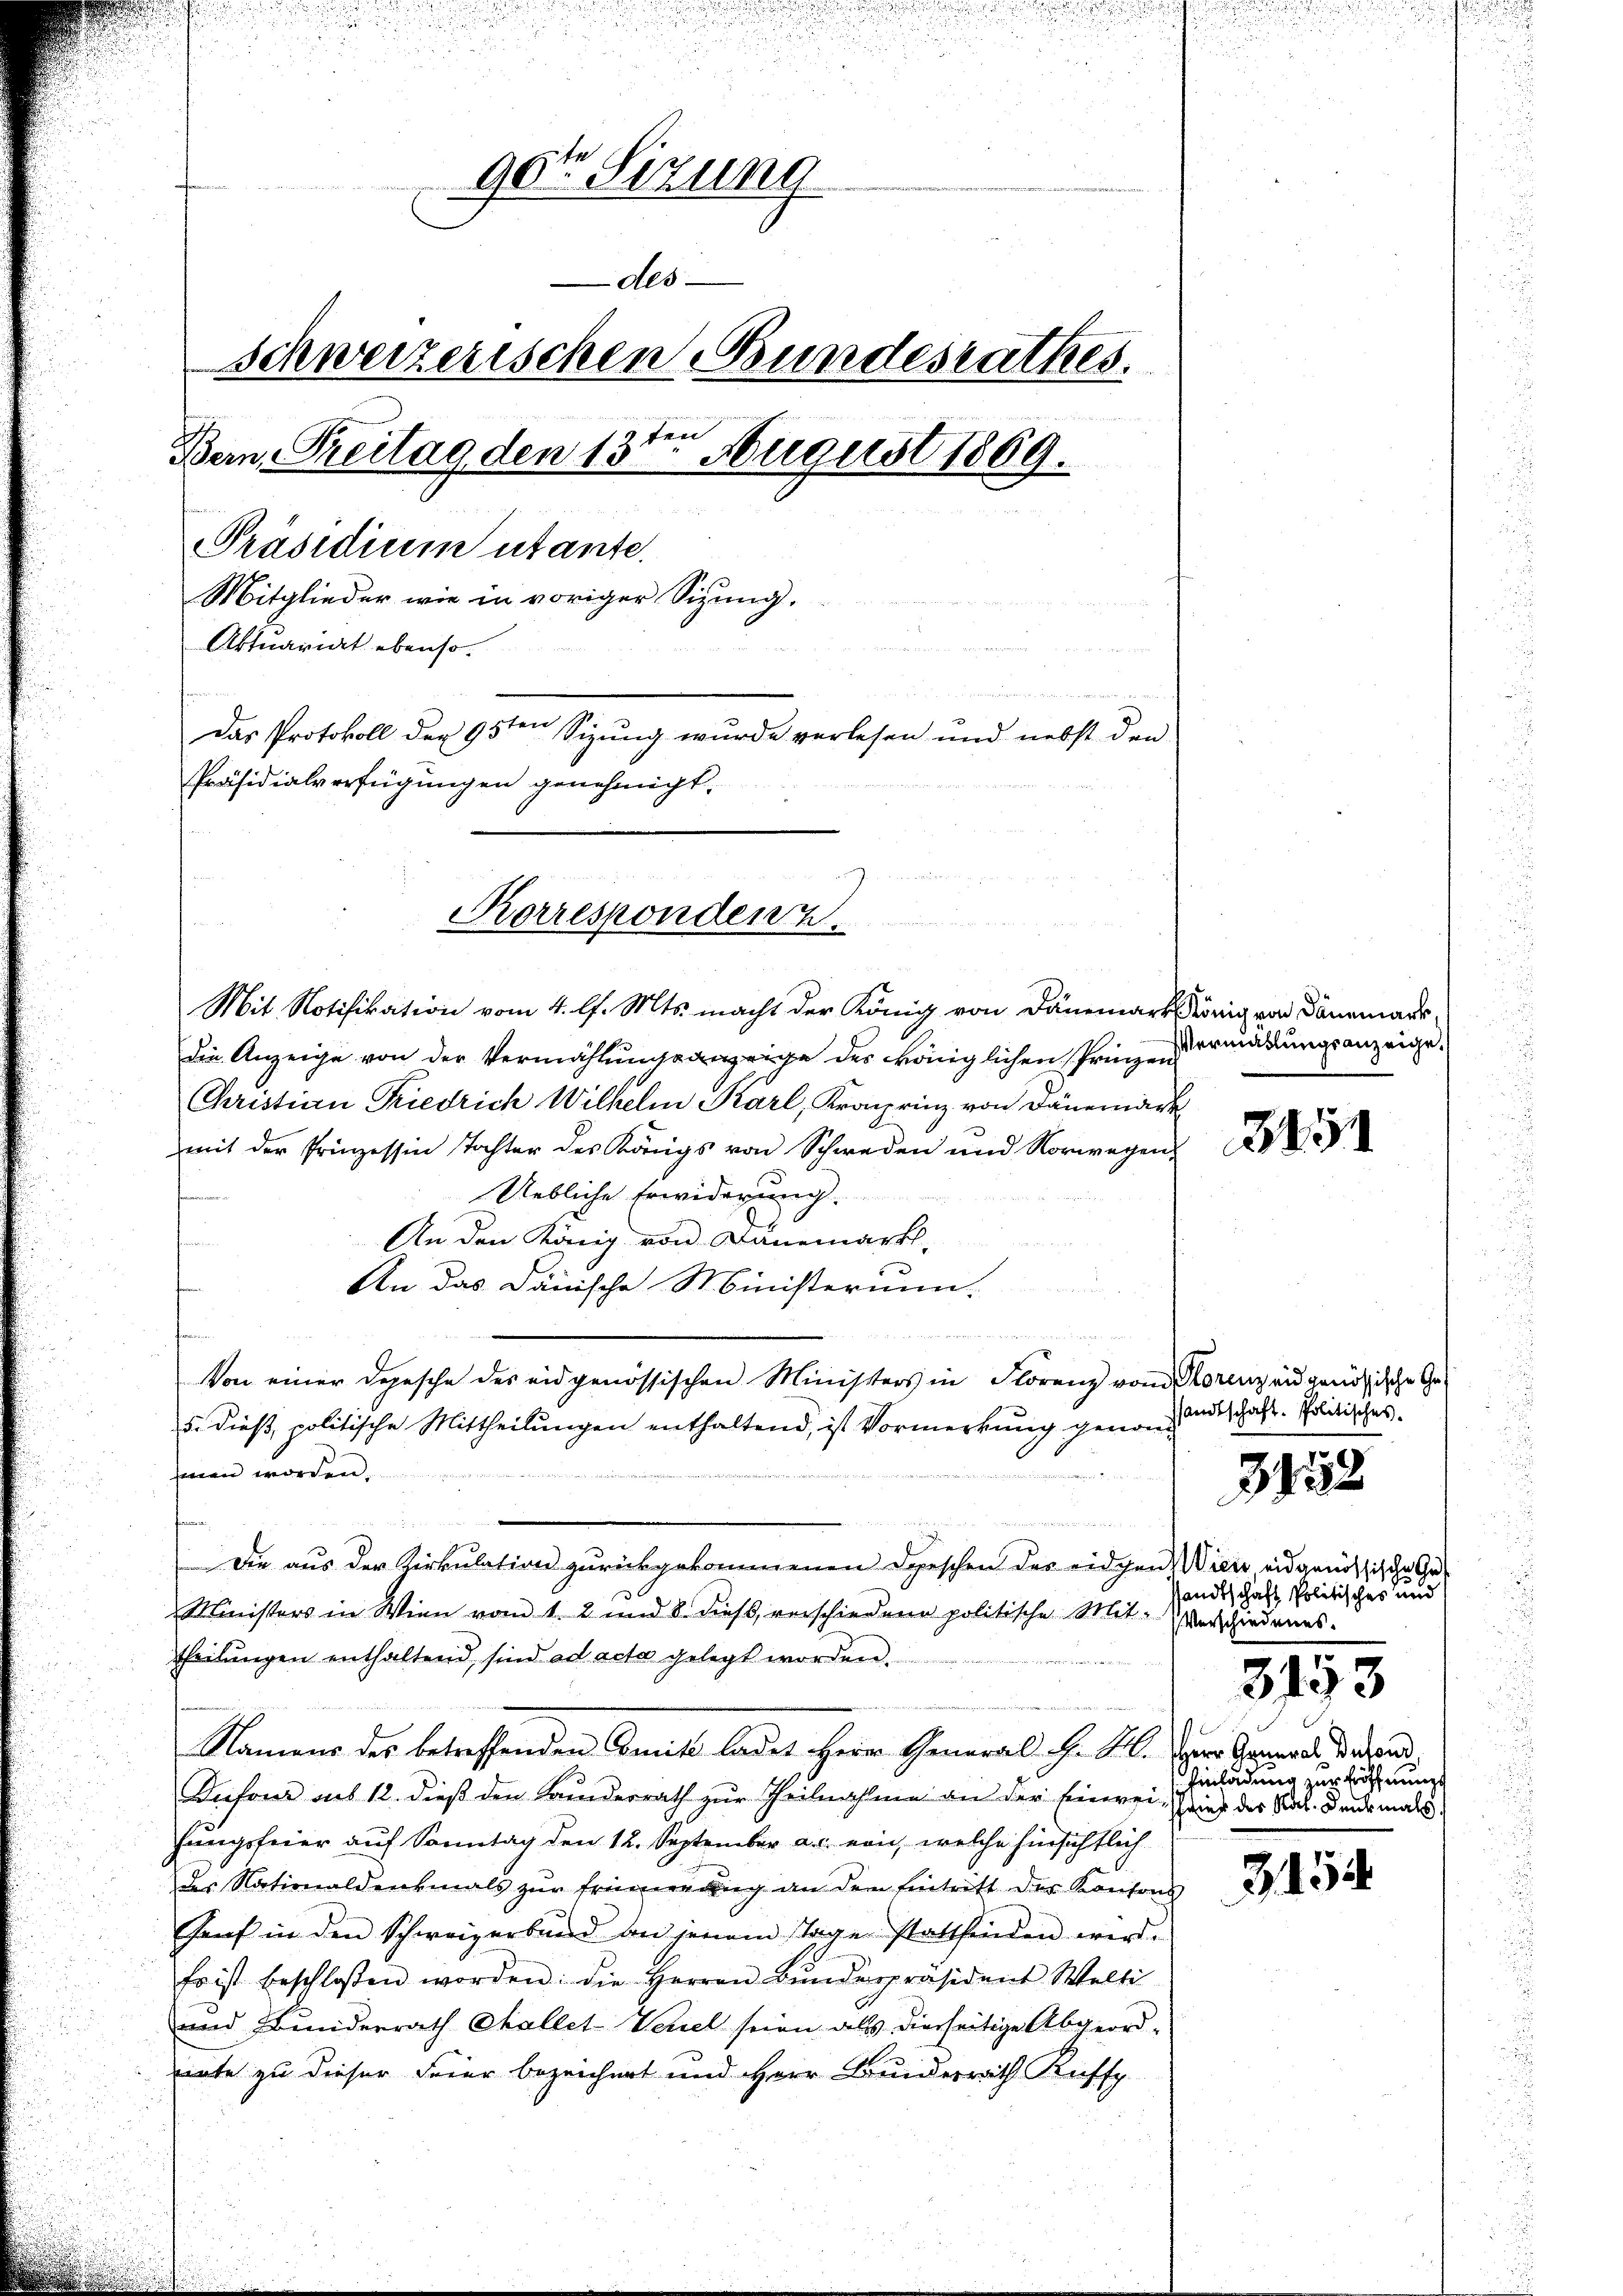
u

¬
u

90te Sitzung
des
schweizerischen Bundesrathes.
ten
Bern, Treitag den 15. August 1869.
Präsidium utante.
Mitglieder wie in voriger Sizung.
Aktuariat ebenso.
e
Das Protokoll der 95ten Sizung wurde verlesen und nebst den
Präsidialverfügungen genehmigt.

Mit Notifikation vom 4. l. Mts. macht der König von Dänemark König von Bannmaur,
die Anzeige von der Vermählungsanzeige des königlichen Prinzen
Christian Friedrich Wilhelm Karl, Kronprinz von Dänemark
mit der Prinzessin Tochter des Königs von Schweden und Vorwegen-
Uebliche Erwiderung.
An den König von Dänemarkt-
An das Dänische Ministerium.
fen
n
Von einer Depesche des eidgenössischen Ministers in Florenz vom Korenzend genößische Ge¬
5. dieß, politische Mittheilungen enthaltend, ist Vormerkung genomfinen worden.

n
Die aus der Kirkulation zurückgekommenen Depeschen des eidgen Wien eidgenössische Ge¬
Ministers in Wien vom 1. 2 und 8. diess, verschiedene politische Mit- Verschiedenes.
Theilŭngen enthaltend sind ad acta gelegt worden.
Namens des betreffenden Seite ladet Herr General H. M. zur General derend
Knfond aus 12. dieß den Bunderrath zur Theilnahme an der Einwei- Brief der Rat. Denkmals
hungsfeier auf Sonntag den 12. September a.c. ein, welche hinsichtlich
des Nationaldenkmals zŭr Erinnerŭng an den Eintritt der Konsons
Hanf in den Schweizerband an jenem Tage stattfinden wird.
Es ist beschlossen worden: die Herren Bŭnderpräsident Welti
und Bunderrath Challet-Versel seien als dierseitige Abgeordnnte zu dieser Feier bezeichnet und Herr Bunderrath Kuffe

.

Korrespondenz.

.

Vermallungsanzeige.

345

sandtschaft. Politisches.

3158

sandtschaft Politisches und
3153
Einladung zur Eröffnungs

3154